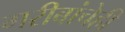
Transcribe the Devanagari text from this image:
गरीबांचेही